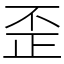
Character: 歪